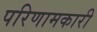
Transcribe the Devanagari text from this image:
परिणामकारी